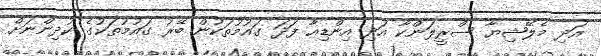
އަދި މެލޭޝިޔާ ސްރީލަންކާ އަދި އިންޑިއާ ފަދަ ގައުމުތަކުން ބޭރު ގައުމުތަކުގެ ކުދިންނަށް